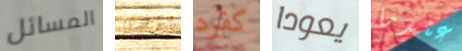
المسائل يؤدي كفرد يعودا عندما